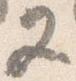
又